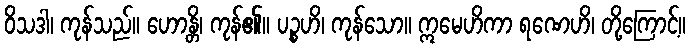
ဝိသဒါ၊ ကုန်သည်။ ဟောန္တိ၊ ကုန်၏။ ပဉ္စဟိ၊ ကုန်သော။ ဣမေဟိကာ ရဏေဟိ၊ တို့ကြောင့်။